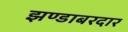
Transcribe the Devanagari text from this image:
झण्डाबरदार